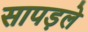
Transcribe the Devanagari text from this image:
सापड़ले